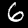
Digit: 6